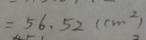
= 5 6 . 5 2 ( c m ^ { 2 } )